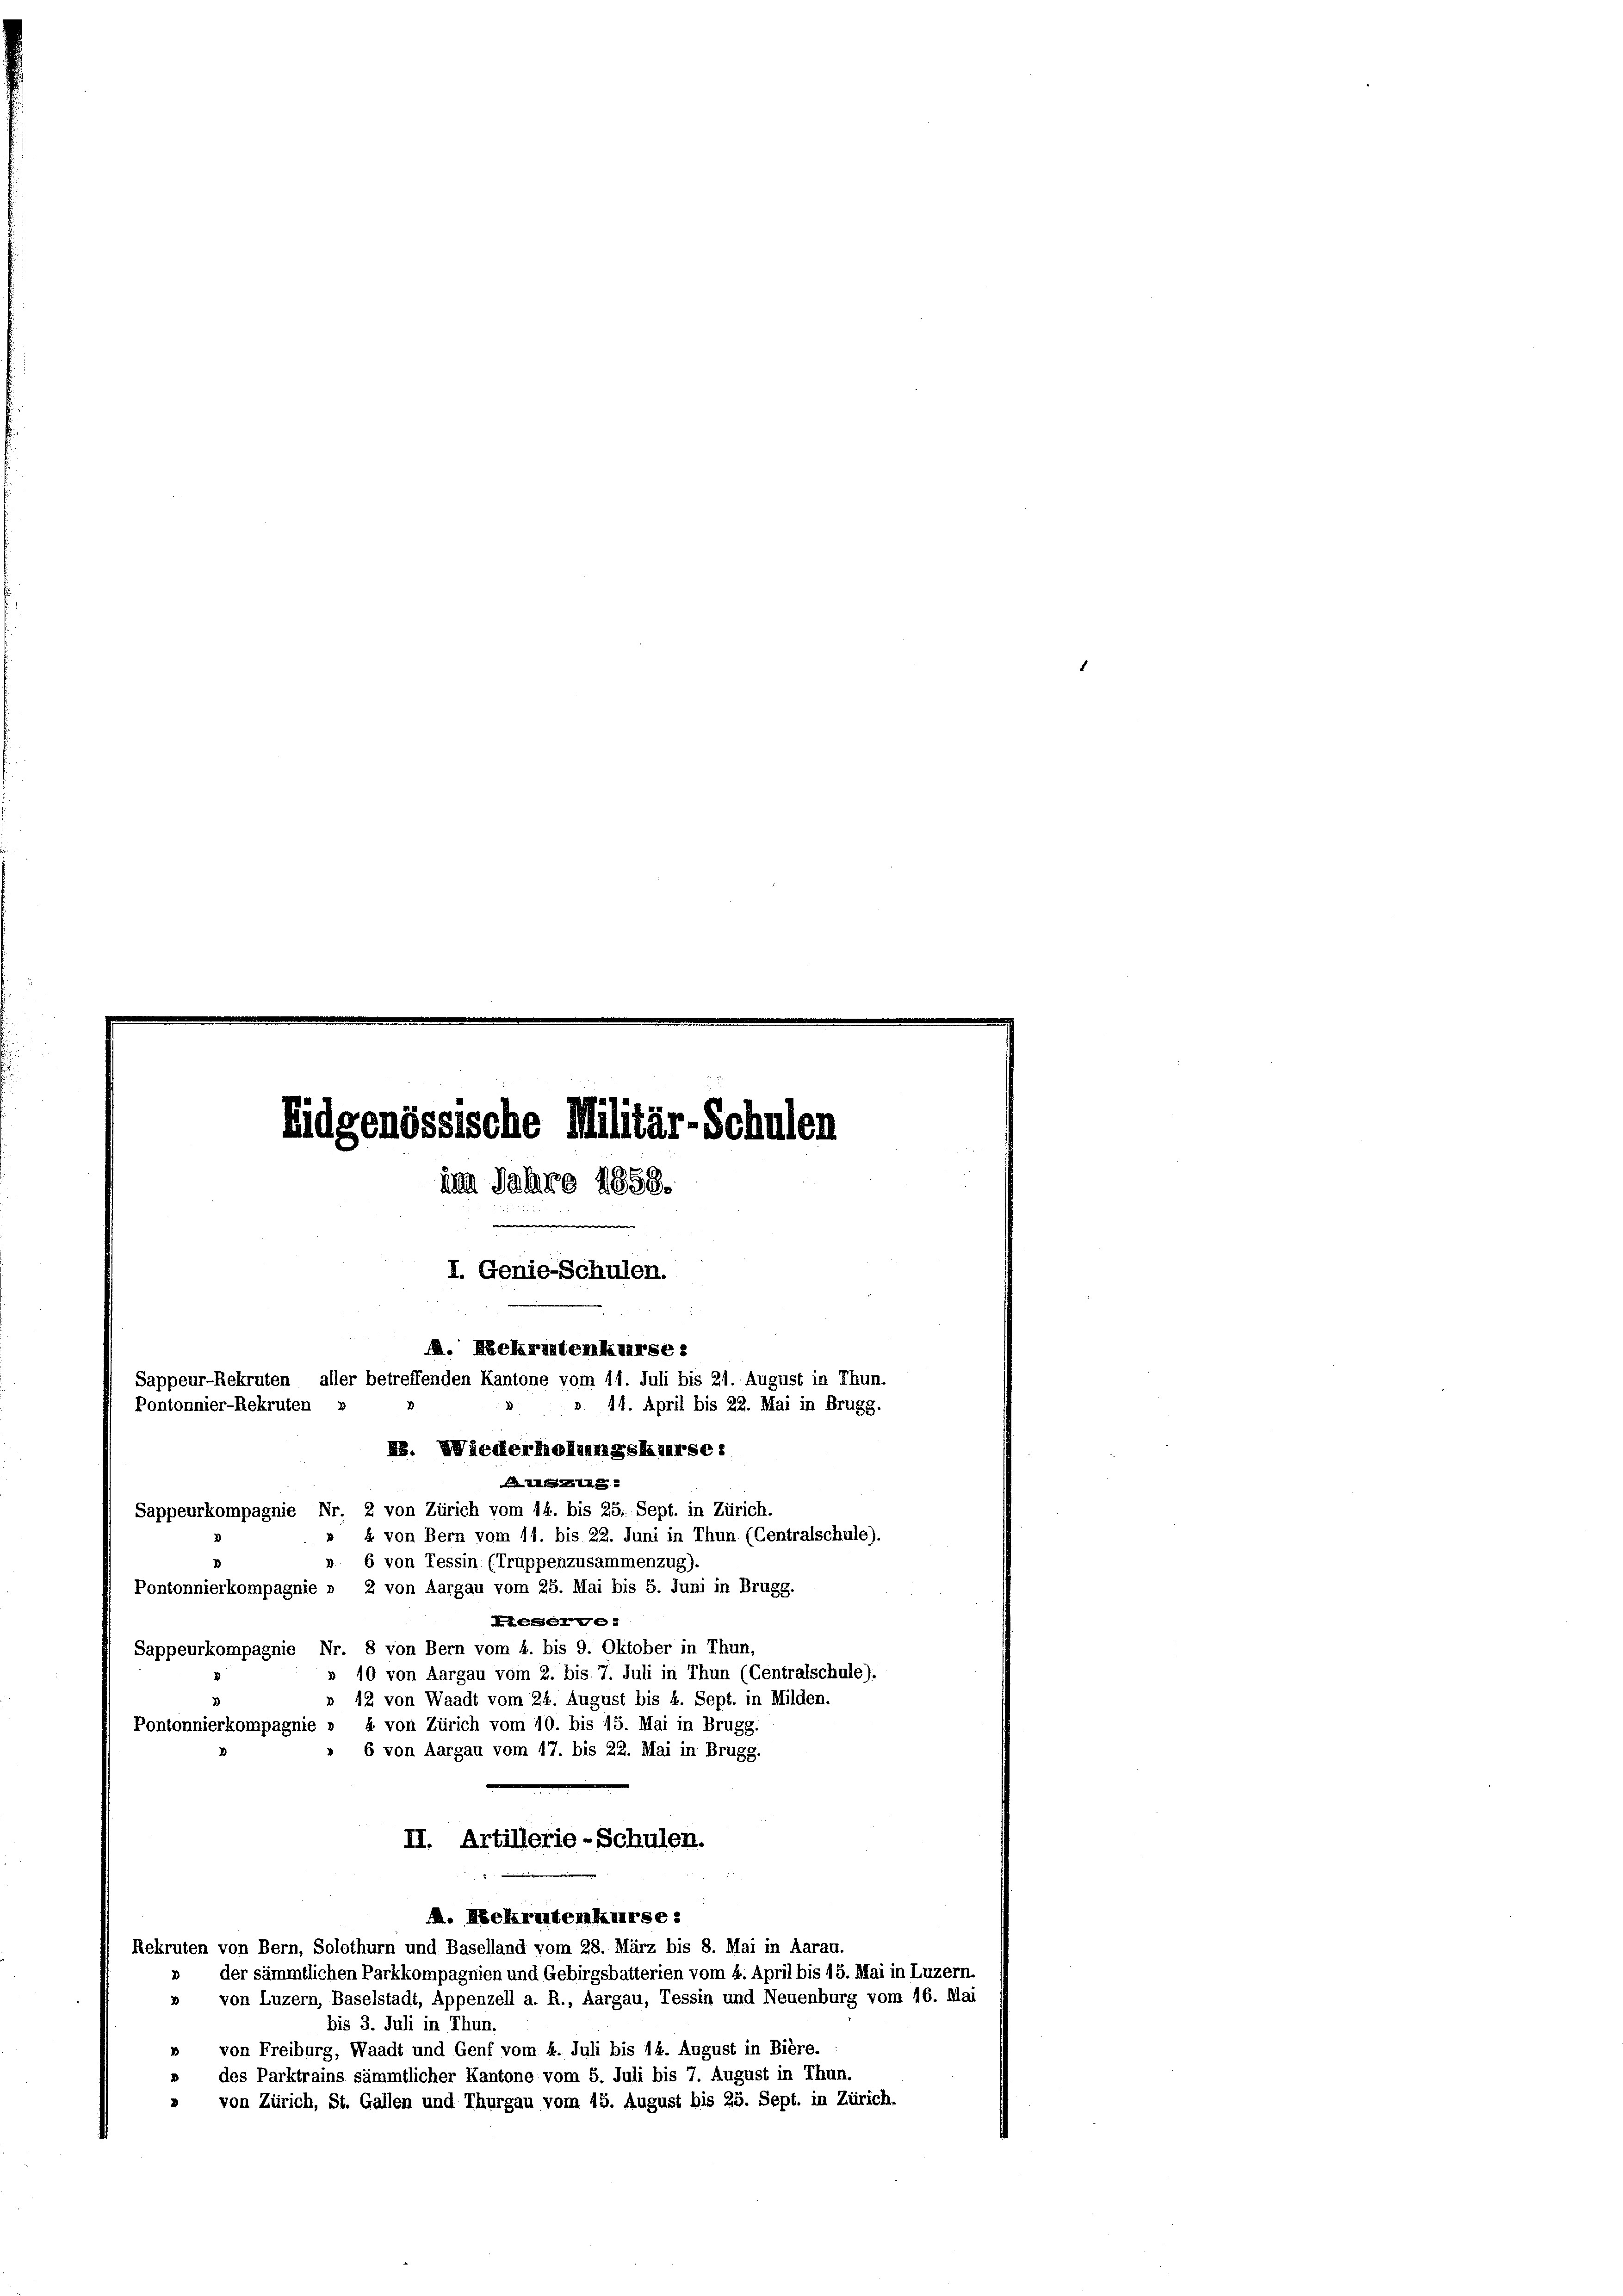
Eidgenössische Militär-Schulen
im Jahre 1858.
I. Genie-Schulen.
. Nckrintenkurse:
Sappeur-Rekruten, aller betreffenden Kantone vom 11. Juli bis 21. August in Thun.
11. April bis 22. Mai in Brugg.
Pontonnier-Rekruten »
E. Wiederholungskurse:
Atistig
Sappeurkompagnie Nr. 2 von Zürich vom 14. bis 25. Sept. in Zürich.
» « von Bern vom 11. bis 22. Juni in Thun (Centralschule).
» 6 von Tessin (Truppenzusammenzug).
Pontonnierkompagnie » 2 von Aargau vom 25. Mai bis 5. Juni in Brugg.
Aerge
Sappeurkompagnie Nr. 8 von Bern vom 4. bis 9. Oktober in Thun,

» 10 von Aargau vom 2. bis 7. Juli in Thun (Centralschule).
» 12 von Waadt vom 24. August bis 4. Sept. in Milden.
4 von Zürich vom 10. bis 15. Mai in Brugg.
Pontonnierkompagnie »
6 von Aargau vom 17. bis 22. Mai in Brugg.
II. Artillerie-Schulen.
M. Rekrutenkurse:
Rekruten von Bern, Solothurn und Baselland vom 28. März bis 8. Mai in Aarau.
» der sämmtlichen Parkkompagnien und Gebirgsbatterien vom 4. April bis 15. Mai in Luzern.
» von Luzern, Baselstadt, Appenzell a. R., Aargau, Tessin und Neuenburg vom 16. Mai
bis 3. Juli in Thun.
» von Freiburg, Waadt und Genf vom 4. Juli bis 14. August in Bière.
» des Parktrains sämmtlicher Kantone vom 5. Juli bis 7. August in Thun.
» von Zürich, St. Gallen und Thurgau vom 15. August bis 25. Sept. in Zürich.